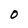
Character: O